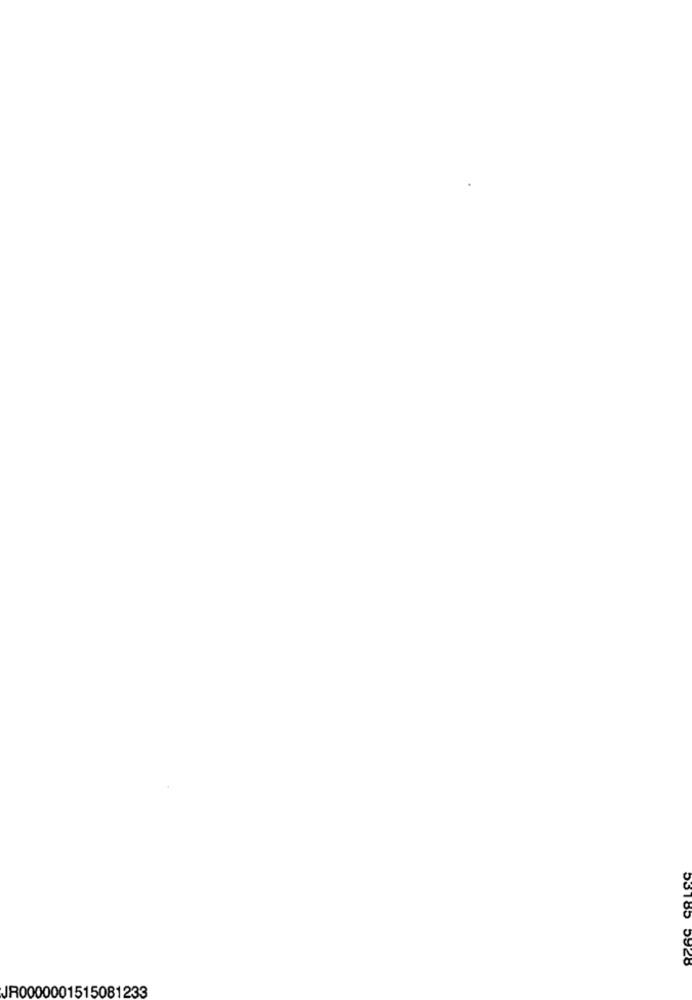
53185 5928
JR0000001515081233